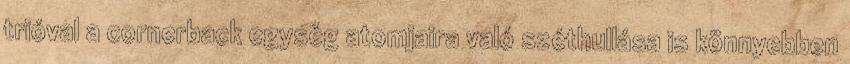
trióval a cornerback egység atomjaira való széthullása is könnyebben